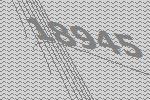
18945